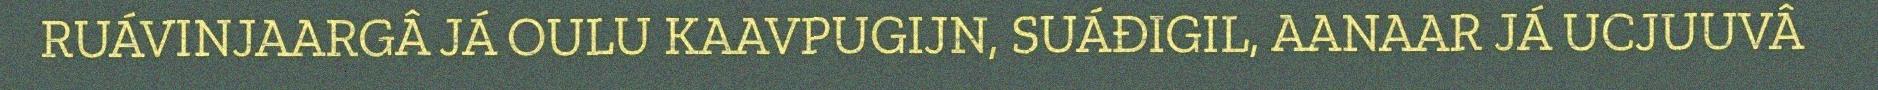
RUÁVINJAARGÂ JÁ OULU KAAVPUGIJN, SUÁĐIGIL, AANAAR JÁ UCJUUVÂ